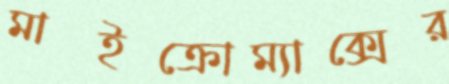
মাইক্রোম্যাক্সের